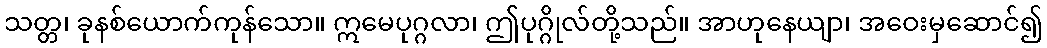
သတ္တ၊ ခုနစ်ယောက်ကုန်သော။ ဣမေပုဂ္ဂလာ၊ ဤပုဂ္ဂိုလ်တို့သည်။ အာဟုနေယျာ၊ အဝေးမှဆောင်၍